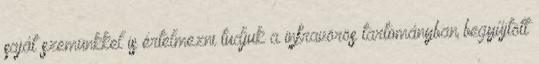
saját szemünkkel is értelmezni tudjuk a infravörös tartományban begyűjtött